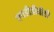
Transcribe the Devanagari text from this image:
एचडीडीवीडी